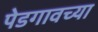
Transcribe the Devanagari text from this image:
पेडगावच्या